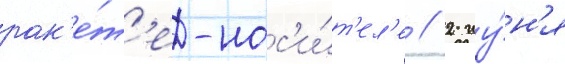
рак'е́т'е-нос'и́т'ел'е // 2 иу́н'я